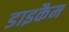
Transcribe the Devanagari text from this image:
डाइकैम